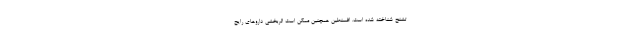
تشنج شناخته شده است. افسنطین همچنین ممکن است اثربخشی داروهای رایج